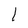
Character: l